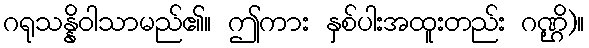
ဂရုသန္နိဝါသာမည်၏။ ဤကား နှစ်ပါးအထူးတည်း ဂဏ္ဌိ)။